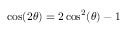
\cos ( 2 \theta ) = 2 \cos ^ { 2 } ( \theta ) - 1